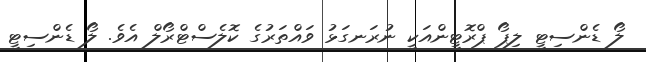
ލޯ ޑެންސިޓީ ލިޕޯ ޕްރޮޓީންއަކީ ނުރަނގަޅު ވައްތަރުގެ ކޮލެސްޓްރޯލް އެވެ. ލޯ ޑެންސިޓީ